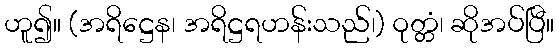
ဟူ၍။ (အရိဋ္ဌေန၊ အရိဋ္ဌရဟန်းသည်၊) ဝုတ္တံ၊ ဆိုအပ်ပြီ။